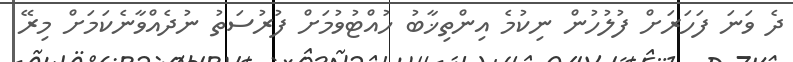
ދެ ވަނަ ފަހަރަށް ފުލުހުން ނިކުމެ އިންތިޚާބު ހުއްޓުވުމަށް ފުރުސަތު ނުދެއްވާނެކަމަށް މިރޭ